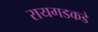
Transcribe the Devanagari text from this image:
रायगडकडे